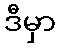
ဒီမှာ